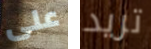
على تريد